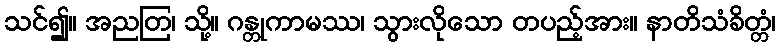
သင်၍။ အညတြ၊ သို့။ ဂန္တုကာမဿ၊ သွားလိုသော တပည့်အား။ နာတိသံခိတ္တံ၊